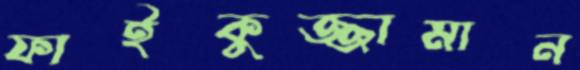
ফাইকুজ্জামান